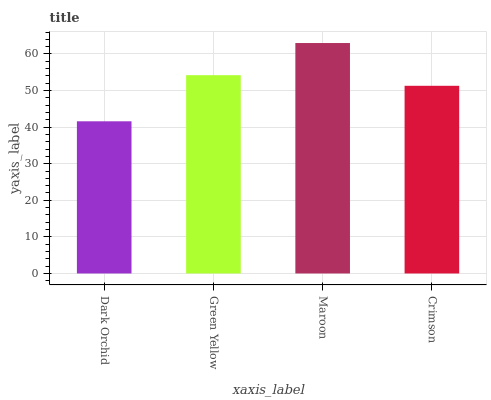
| xaxis_label | bars |
 | --- | --- |
 | Dark Orchid | 41.6 |
 | Green Yellow | 54.2 |
 | Maroon | 63 |
 | Crimson | 51.3 |